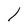
Character: l